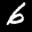
Label: 6